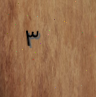
٣